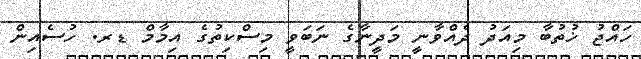
ހައްޖު ޚުތުބާ މިއަދު ދެއްވާނީ މަދީނާގެ ނަބަވީ މިސްކިތުގެ އިމާމް ޑރ. ހުސެއިން